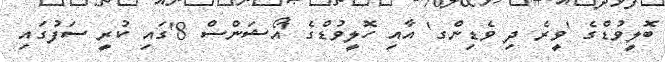
ބޮލީވުޑްގެ 'ވީރެ ދި ވެޑިންގ' އާއި ހޮލީވުޑްގެ 'އޯޝަންސް 8'ގައި ކުރީ ސަފުގައި